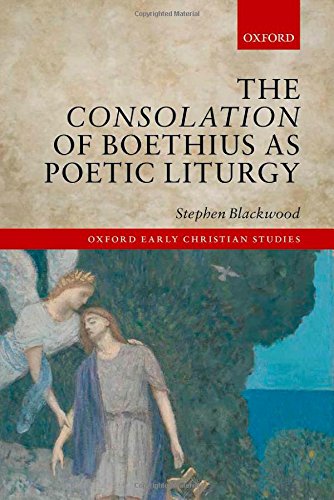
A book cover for The Consolation of Boethius as Poetic Liturgy (Oxford Early Christian Studies); Stephen Blackwood; Politics & Social Sciences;